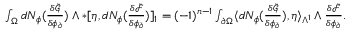
\begin{array} { r } { \int _ { \Omega } d N _ { \phi } ( \frac { \delta \tilde { \mathcal { G } } } { \delta \phi _ { \partial } } ) \wedge \ast [ \eta , d N _ { \phi } ( \frac { \delta \tilde { \mathcal { F } } } { \delta \phi _ { \partial } } ) ] _ { 1 } = ( - 1 ) ^ { n - 1 } \int _ { \partial \Omega } \langle d N _ { \phi } ( \frac { \delta \tilde { \mathcal { G } } } { \delta \phi _ { \partial } } ) , \eta \rangle _ { \Lambda ^ { 1 } } \wedge \frac { \delta \tilde { \mathcal { F } } } { \delta \phi _ { \partial } } . } \end{array}